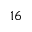
1 6